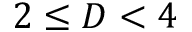
2 \leq D < 4